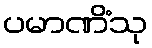
ပမာဏိံသု